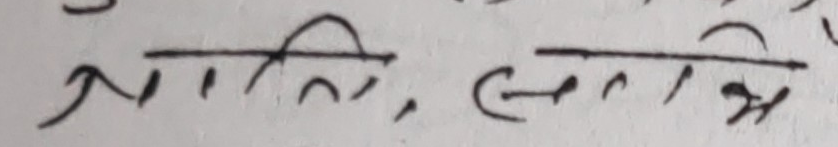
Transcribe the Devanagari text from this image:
जाति, स्मृति